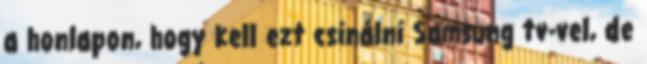
a honlapon, hogy kell ezt csinálni Samsung tv-vel, de